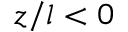
z / l < 0